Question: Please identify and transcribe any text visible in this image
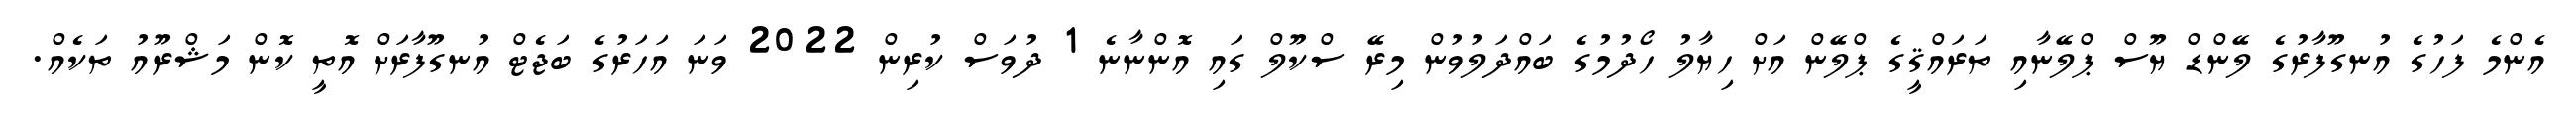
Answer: އެންމެ ފަހުގެ އުނގޫފާރުގެ ލޭންޑް ޔޫސް ޕްލޭނާއި ތަރައްޤީގެ ޕްލޭން އަށް ހިޔާލު ހޯދުމުގެ ބައްދަލުވުން މިރޭ ސްކޫލް ގައި އޮންނާނެ 1 ދުވަސް ކުރިން 2022 ވަނަ އަހަރުގެ ބަޖެޓް އުނގޫފާރަށް އޮތީ ކޮން މަޝްރޫއު ތަކެއް.